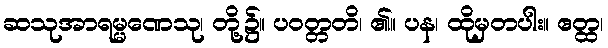
ဆသုအာရမ္မဏေသု၊ တို့၌။ ပဝတ္တတိ၊ ၏။ ပန၊ ထိုမှတပါး။ ဧတ္ထ၊